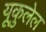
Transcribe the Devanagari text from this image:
यूकुलेल